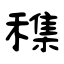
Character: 穕